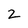
Character: 2